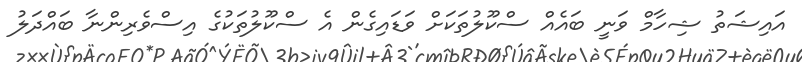
އައިޝަތު ޝިހާމް ވަނީ ބައެއް ސްކޫލުތަކަށް ވަޑައިގެން އެ ސްކޫލުތަކުގެ އިސްވެރިންނާ ބައްދަލު